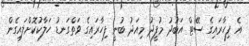
އެ ފިހާރައިގެ ސޭޓް އަބުދު މުފީދު މިއަދު ބުނީ ފިހާރައިގެ ވަތްގަނޑު ހަލާކުކޮށްލައިގެން